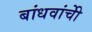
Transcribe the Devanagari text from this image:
बांधवांचीे